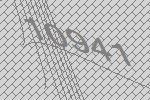
10941